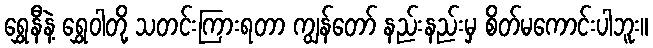
ရွှေနီနဲ့ ရွှေဝါတို့ သတင်းကြားရတာ ကျွန်တော် နည်းနည်းမှ စိတ်မကောင်းပါဘူး။